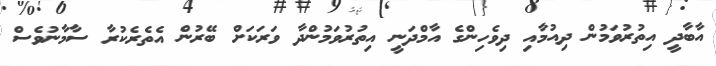
އާބާދީ އިތުރުވަމުން ދިއުމާއި ދިވެހިންގެ އާމްދަނީ އިތުރުވަމުންދާ ވަރަކަށް ބޭރުން އެތެރެކުރާ ސާމާނުވެސް